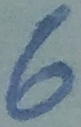
Text: 6